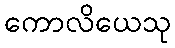
ကောလိယေသု